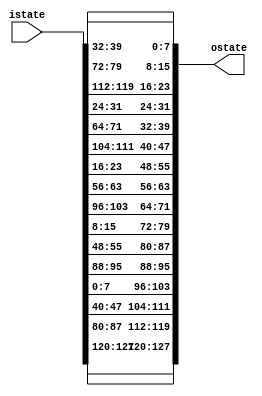
`timescale 1ns / 1ps
//////////////////////////////////////////////////////////////////////////////////
// Company: 
// Engineer: 
// 
// Design Name: 
// Module Name: Shift_Rows
// Project Name: 
// Target Devices: 
// Tool Versions: 
// Description: 
// 
// Dependencies: 
// 
// Revision:
// Revision 0.01 - File Created
// Additional Comments:
// 
//////////////////////////////////////////////////////////////////////////////////


module Shift_Rows(input [127:0] istate,output [127:0] ostate);

assign ostate[127:120]=istate[127:120];
assign ostate[95:88]=istate[95:88];
assign ostate[63:56]=istate[63:56];
assign ostate[31:24]=istate[31:24];

assign ostate[119:112]=istate[87:80];
assign ostate[87:80]=istate[55:48];
assign ostate[55:48]=istate[23:16];
assign ostate[23:16]=istate[119:112];

assign ostate[111:104]=istate[47:40];
assign ostate[79:72]=istate[15:8];
assign ostate[47:40]=istate[111:104];
assign ostate[15:8]=istate[79:72];

assign ostate[103:96]=istate[7:0];
assign ostate[71:64]=istate[103:96];
assign ostate[39:32]=istate[71:64];
assign ostate[7:0]=istate[39:32];



endmodule